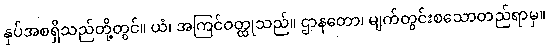
နှပ်အစရှိသည်တို့တွင်။ ယံ၊ အကြင်ဝတ္ထုသည်။ ဌာနတော၊ မျက်တွင်းစသောတည်ရာမှ။